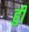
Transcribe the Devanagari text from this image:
हुी